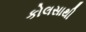
કોલસાથી